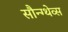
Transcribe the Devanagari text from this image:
सौन्ग्थेव्स